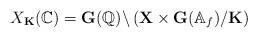
LaTeX: \begin{align*}X_{\mathbf{K}}(\mathbb{C})=\mathbf{G}(\mathbb{Q})\backslash\left(\mathbf{X}\times\mathbf{G}(\mathbb{A}_f)/\mathbf{K}\right)\end{align*}